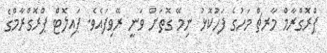
ޕްރޮގްރާމް މާރޗް މަހުގެ ފަހުކޮޅު ނިމޭ ގޮތަށް ވަނީ ރޭވިފައެވެ. ޕައިލޮޓް ޕްރޮގްރާމްގެ